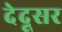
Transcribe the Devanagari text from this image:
देदूसर